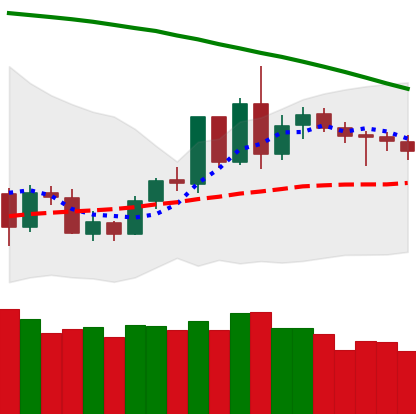
Ticker: LTC-USD
Chart end date: 2020-06-09
Forward return: -4.308%
Label: down_3_5